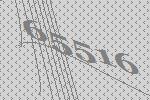
65516